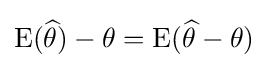
\operatorname {E} ({\widehat {\theta }})-\theta =\operatorname {E} ({\widehat {\theta }}-\theta )